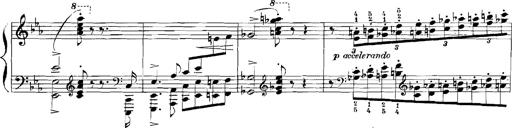
Title: Rhapsodies hongroises
Composer: Franz Liszt